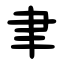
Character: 聿